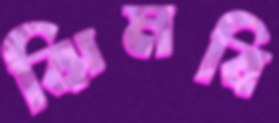
ঝিমবি